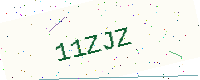
Text: 11ZJZ